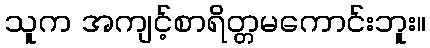
သူက အကျင့်စာရိတ္တမကောင်းဘူး။